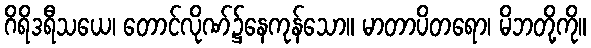
ဂိရိဒရီသယေ၊ တောင်လိုဏ်၌နေကုန်သော။ မာတာပိတရော၊ မိဘတို့ကို။